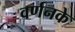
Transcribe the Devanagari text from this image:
वर्णनके